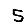
Digit: 5